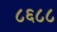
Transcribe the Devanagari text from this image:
८६८८